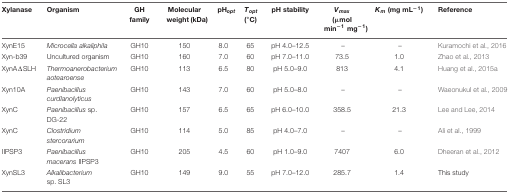
<table><thead><tr><td><b>Xylanase</b></td><td><b>Organism</b></td><td><b>GH family</b></td><td><b>Molecular weight (kDa)</b></td><td><b>pH<sub>opt</sub></b></td><td><b><i>T</i><sub>opt</sub> (°C)</b></td><td><b>pH stability</b></td><td><b><i>V</i><sub>max</sub> (μmol min<sup>-1</sup>mg<sup>-1</sup>)</b></td><td><b><i>K</i><sub>m</sub> (mg mL<sup>-1</sup>)</b></td><td><b>Reference</b></td></tr></thead><tbody><tr><td>XynE15</td><td><i>Microcella alkaliphila</i></td><td>GH10</td><td>150</td><td>8.0</td><td>65</td><td>pH 4.0–12.5</td><td>–</td><td>–</td><td>Kuramochi et al., 2016</td></tr><tr><td>Xyn-b39</td><td>Uncultured organism</td><td>GH10</td><td>160</td><td>7.0</td><td>60</td><td>pH 7.0–11.0</td><td>73.5</td><td>1.0</td><td>Zhao et al., 2013</td></tr><tr><td>XynAΔSLH</td><td><i>Thermoanerobacterium aotearoense</i></td><td>GH10</td><td>113</td><td>6.5</td><td>80</td><td>pH 5.0–9.0</td><td>813</td><td>4.1</td><td>Huang et al., 2015a</td></tr><tr><td>Xyn10A</td><td><i>Paenibacillus curdlanolyticus</i></td><td>GH10</td><td>143</td><td>7.0</td><td>60</td><td>pH 5.0–8.0</td><td>–</td><td>–</td><td>Waeonukul et al., 2009</td></tr><tr><td>XynC</td><td><i>Paenibacillus</i> sp. DG-22</td><td>GH10</td><td>157</td><td>6.5</td><td>65</td><td>pH 6.0–10.0</td><td>358.5</td><td>21.3</td><td>Lee and Lee, 2014</td></tr><tr><td>XynC</td><td><i>Clostridium stercorarium</i></td><td>GH10</td><td>114</td><td>5.0</td><td>85</td><td>pH 4.0–7.0</td><td>–</td><td>–</td><td>Ali et al., 1999</td></tr><tr><td>IIPSP3</td><td><i>Paenibacillus macerans</i> IIPSP3</td><td>GH10</td><td>205</td><td>4.5</td><td>60</td><td>pH 1.0–9.0</td><td>7407</td><td>6.0</td><td>Dheeran et al., 2012</td></tr><tr><td>XynSL3</td><td><i>Alkalibacterium</i> sp. SL3</td><td>GH10</td><td>149</td><td>9.0</td><td>55</td><td>pH 7.0–12.0</td><td>285.7</td><td>1.4</td><td>This study</td></tr></tbody></table>